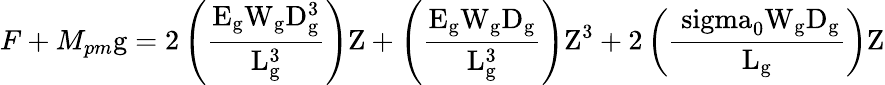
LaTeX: {F+M_{pm}\mathrm{g=2\left({\frac{{E_{\mathrm{g}}W_{\mathrm{g}}D_{\mathrm{g}}^{3}}}{{L_{\mathrm{g}}^{3}}}}\right)Z+\left({\frac{{E_{\mathrm{g}}W_{\mathrm{g}}D_{\mathrm{g}}}}{{L_{\mathrm{g}}^{3}}}}\right){Z^{3}}+2\left({\frac{{{\ sigma_{0}}W_{\mathrm{g}}D_{\mathrm{g}}}}{{L_{\mathrm{g}}}}}\right)Z}}